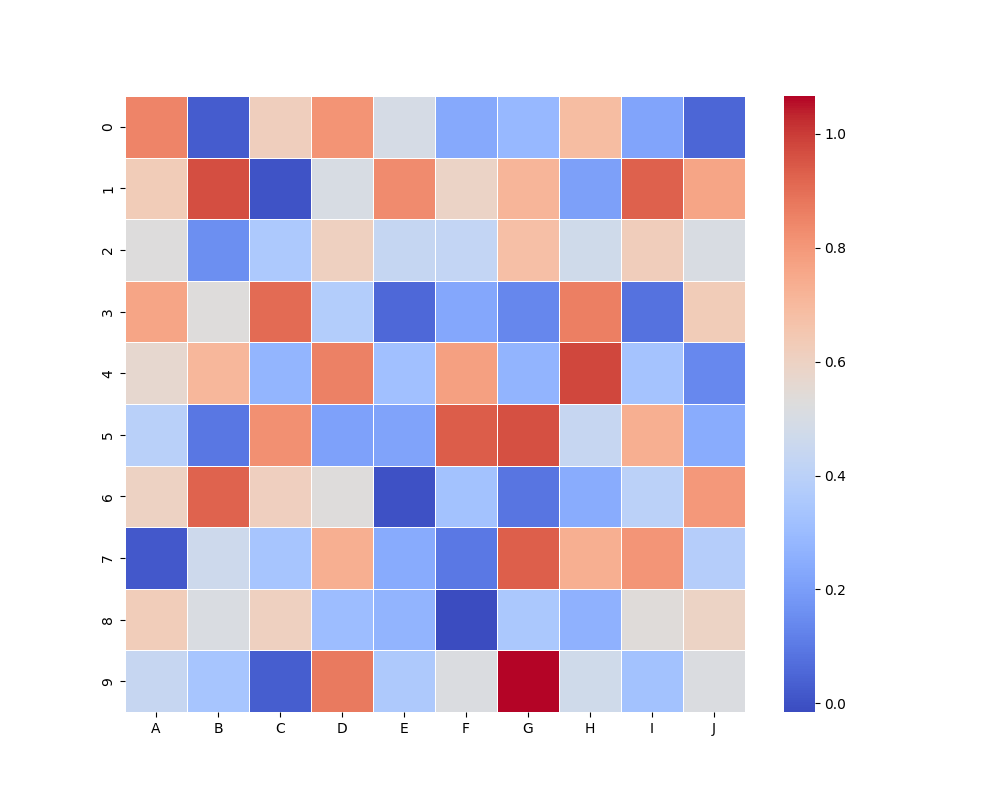
python, seaborn, heatmap, cmap='coolwarm', linewidths=0.5, center=none